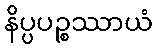
နိပ္ပပဉ္စဿာယံ